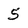
Character: 5